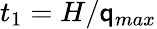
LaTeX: t_{1}=H/\mathsf{q}_{max}